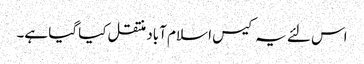
اس لئے یہ کیس ا سلام آباد منتقل کیا گیا ہے۔